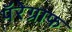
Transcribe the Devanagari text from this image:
पॅरेग्राफ